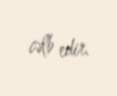
cəlb edir.